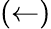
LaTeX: (\leftarrow)